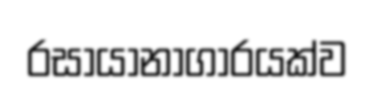
රසායානාගාරයක්ව